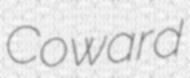
Coward